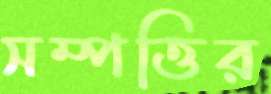
সম্পত্তির